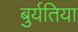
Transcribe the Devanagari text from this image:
बुर्यतिया